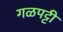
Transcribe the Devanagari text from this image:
गळपट्टी